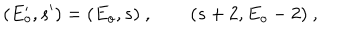
( E _ { o } ^ { \prime } , s ^ { \prime } ) = ( E _ { o } , s ) \ , \qquad ( s + 2 , E _ { o } - 2 ) \ ,